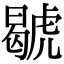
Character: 𧇷